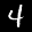
Label: 4